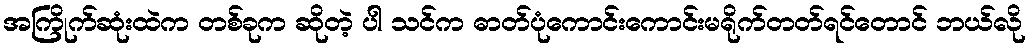
အကြိုက်ဆုံးထဲက တစ်ခုက ဆိုတဲ့ ပါ သင်က ဓာတ်ပုံကောင်းကောင်းမရိုက်တတ်ရင်တောင် ဘယ်လို